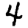
Digit: 4